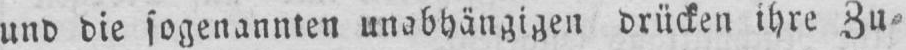
und die sogenannten unabhängigen drücken ihre Zu⸗